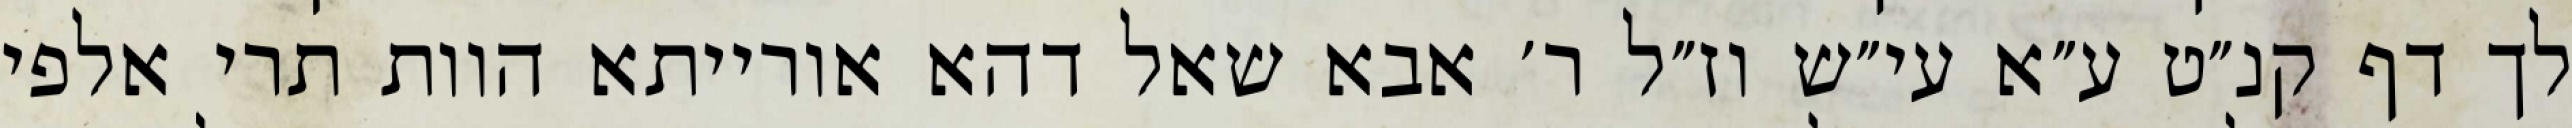
לך דף קנ״ט ע״א עי״ש וז״ל ר׳ אבא שאל דהא אורייתא הוות תרי אלפי